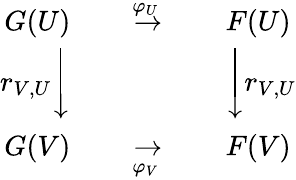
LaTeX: \begin{array}{rcl}{G(U)}&{{\xrightarrow{\quad\varphi_{U}\quad}}}&{F(U)}\\ {r_{V,U}{\Biggl\downarrow}}&{}&{{\Biggl\downarrow}r_{V,U}}\\ {G(V)}&{{\xrightarrow[{\quad\varphi_{V}\quad}]{}}}&{F(V)}\end{array}